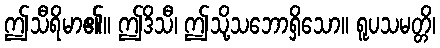
ဤသီရိမာ၏။ ဤဒိသီ၊ ဤသို့သဘောရှိသော။ ရူပသမတ္တိ၊